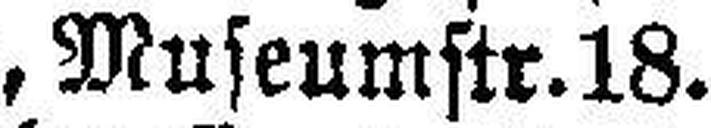
Tiroler Adler=Apotheke, Museumstr.18.